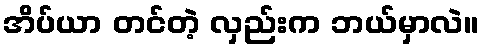
အိပ်ယာ တင်တဲ့ လှည်းက ဘယ်မှာလဲ။